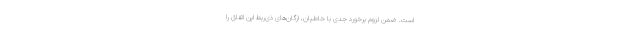
است. ضمن لزوم برخورد جدی با خاطیان، ارگان‌های ذی‌ربط این اتفاق را